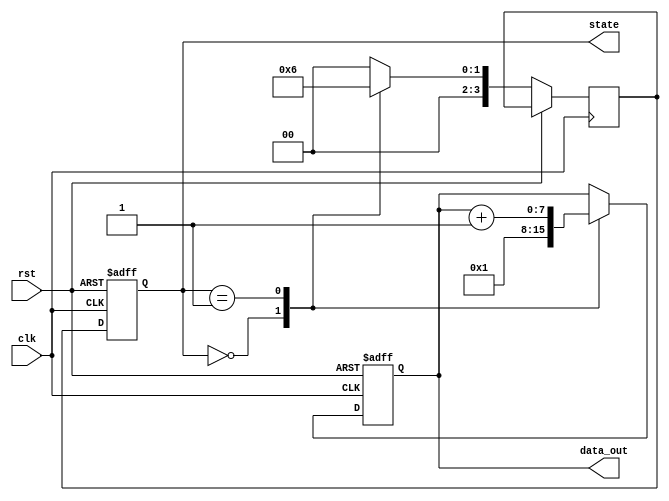
module ClockCycleInitialization (
    input wire clk,          // Clock signal
    input wire rst,          // Reset signal
    output reg [3:0] state,  // Example state variable (4-bit)
    output reg [7:0] data_out // Example output data (8-bit)
);

// State encoding for FSM
localparam STATE_IDLE = 4'b0000;
localparam STATE_PROCESS = 4'b0001;
localparam STATE_DONE = 4'b0010;

// Internal variables
reg [3:0] next_state; // Next state for FSM

// Sequential logic for state transition and output generation
always @(posedge clk or posedge rst) begin
    if (rst) begin
        // Reset condition: Initialize all registers
        state <= STATE_IDLE;
        data_out <= 8'b0; // Initialize output data to zero
    end else begin
        // Update state and output based on the current state
        state <= next_state;
        case (state)
            STATE_IDLE: begin
                // Perform actions for IDLE state
                data_out <= 8'b00000001; // Example output
                next_state <= STATE_PROCESS; // Transition to PROCESS state
            end
            
            STATE_PROCESS: begin
                // Perform actions for PROCESS state
                data_out <= data_out + 1; // Example operation
                next_state <= STATE_DONE; // Transition to DONE state
            end
            
            STATE_DONE: begin
                // Perform actions for DONE state
                // Here we could reset or go back to IDLE based on conditions
                next_state <= STATE_IDLE; // Transition back to IDLE
            end
            
            default: begin
                // Default case to handle unexpected states
                next_state <= STATE_IDLE; // Fallback to IDLE
            end
        endcase
    end
end

endmodule